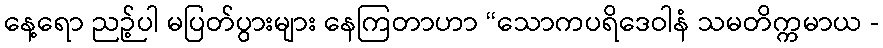
နေ့ရော ညဉ့်ပါ မပြတ်ပွားများ နေကြတာဟာ “သောကပရိဒေဝါနံ သမတိက္ကမာယ -